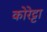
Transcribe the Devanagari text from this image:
कोरेट्टा